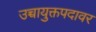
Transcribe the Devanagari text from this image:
उच्चायुक्तपदावर